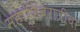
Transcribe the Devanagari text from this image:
महाशिवरात्रीचा